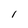
Character: 1